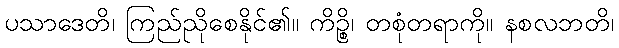
ပသာဒေတိ၊ ကြည်ညိုစေနိုင်၏။ ကိဉ္စိ၊ တစုံတရာကို။ နစလဘတိ၊